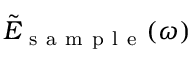
\tilde { E } _ { \mathrm { ~ s ~ a ~ m ~ p ~ l ~ e ~ } } ( \omega )